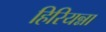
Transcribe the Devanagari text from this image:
हिरियन्ना